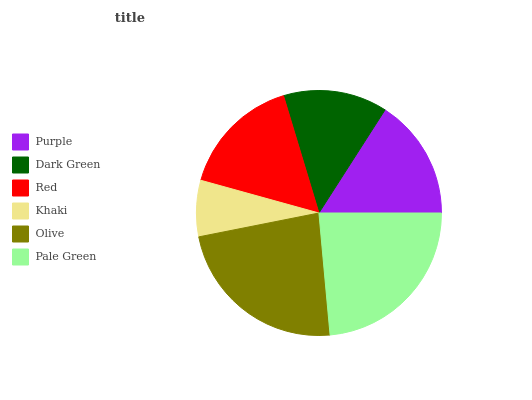
| Purple | Dark Green | Red | Khaki | Olive | Pale Green |
 | --- | --- | --- | --- | --- | --- |
 | 15.9% | 13.7% | 16.1% | 7.41% | 23.4% | 23.5% |